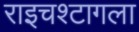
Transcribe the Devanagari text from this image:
राइचश्टागला